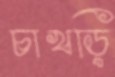
চাখড়ি